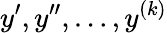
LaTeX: y^{\prime},y^{\prime\prime},\ldots,y^{(k)}